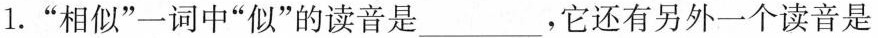
1.”相似”一词中”似”的读音是______，它还有另外一个读音是